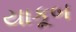
યાકૂબ